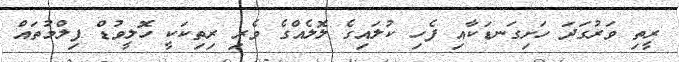
ރީތި ވަރުގަދަ ހަށިގަނޑަކާއި ފެހި ކުލައިގެ ލޮލެއްގެ ވެރި ރިތިކަކީ ހޮލީވުޑް ފިލްމުތައް